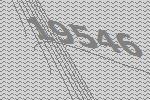
19546